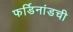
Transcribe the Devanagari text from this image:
फर्डिनांडची